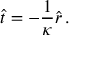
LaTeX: \hat { t } = - \frac { 1 } { \kappa } \hat { r } \, .